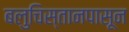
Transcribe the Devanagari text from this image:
बलुचिस्तानपासून